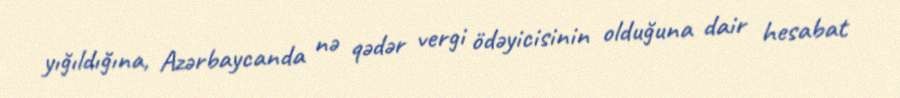
yığıldığına, Azərbaycanda nə qədər vergi ödəyicisinin olduğuna dair hesabat